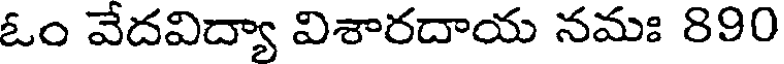
ఓం వేదవిద్యా విశారదాయ నమః 890